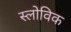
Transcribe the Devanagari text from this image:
स्लोविक